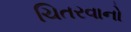
ચિતરવાનો